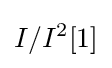
I/I^{2}[1]